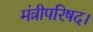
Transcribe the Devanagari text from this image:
मंत्रीपरिषद।